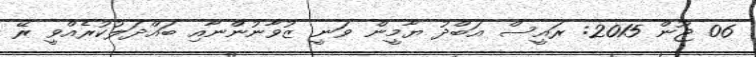
06 ޖޫން 2015: ރައީސް އަބްދު ޔާމީން ވަނީ ޒުވާނުންނާއި ބައްދަލުކުރެއްވީ ރޭ